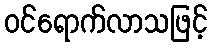
ဝင်ရောက်လာသဖြင့်